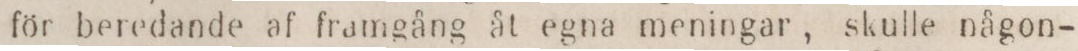
för beredande af framgång åt egna meningar, skulle någon-